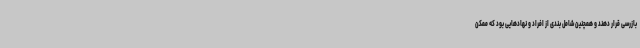
بازرسی قرار دهند و همچنین شامل بندی از افراد و نهادهایی بود که ممکن